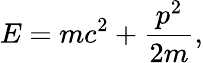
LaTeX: E=mc^{2}+{\frac{p^{2}}{2m}},